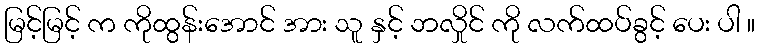
မြင့်မြင့် က ကိုထွန်းအောင် အား သူ နှင့် ဘလှိုင် ကို လက်ထပ်ခွင့် ပေး ပါ ။